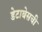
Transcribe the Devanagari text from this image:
डेटाबेसची